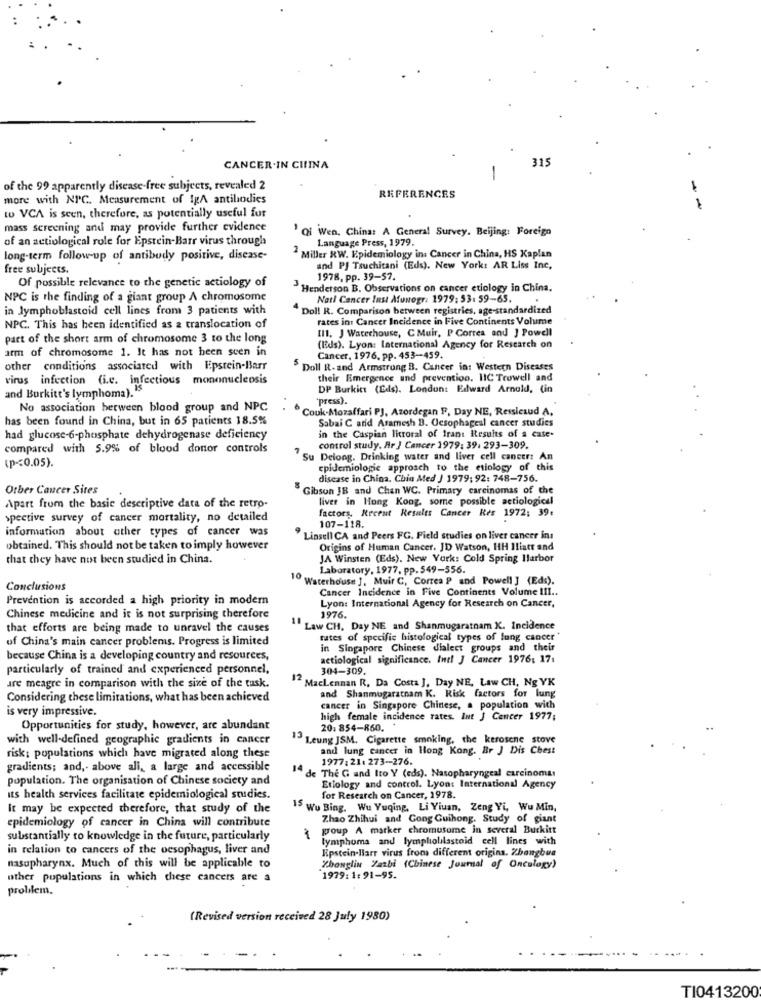
315
CANCER.IN CILINA
-
of the 99 apparently disease-free subjects, revealed 2
more with NPC. Measurement of IgA antibodies
REFERENCES
- -
w VCA is seen, therefore, as potentially useful for
mass screening and may provide further evidence
' Qi Wen, China: A General Survey. Beijing: Foreign
of an actiological role for Epstein-Barr virus through
Language Press, 1979.
long-term follow-up of antibody positive, disease-
2 Miller RW. Epidemiology in: Cancer in China, HS Kaplan
free subjects.
and PJ Tsuchitani (Eds). New York: AR Liss Inc,
1978, pp. 39-57.
Of possible relevance to the genetic actiology of
Henderson B. Observations on cancer etiology in China.
NPC is the finding of a giant group A chromosome
Natl Cancer Inst Afunogr: 1979: 53. 59-65.
.
in lymphoblastoid cell lines from 3 patients with
Doll R. Comparison between registries, age-standardized
rates in: Cancer Incidence in Five Continents Volume
NPC. This has been identified as a translocation of
[11. J Waterhouse, C Muir, P Correa and ] Powell
part of the short arm of chromosome 3 to the long
arm of chromosome 1. It has not been seen in
(Eds). Lyon: International Agency for Research on
Cancer, 1976. pp. 453-459.
other conditions associated with Epstein-Barr
Doll R. and Armstrong B. Cancer in: Western Diseases
virus infection (i.c. infectious mononucleosis
their Emergence and prevention. IIC Trowell and
and Burkitt's lymphoma).IS
DP Burkitt (Eds). London: Edward Arnold, (in
"press).
No association between blood group and NPC
"Couk-Mozaffari PJ, Azordegan F, Day NE, Ressicaud A.
has been found in China, but in 65 patients 18.5%
Sabai C arid Aramesh B. Oesophageal cancer studies
had glucose-6-phosphate dehydrogenase deficiency
in the Caspian litroral of frant Results of a case-
compared with 5.9% of blood donor controls
control study. Ar } Cancer 1979: 39. 293-309.
(p -< 0.05).
Su Delong. Drinking water and liver cell cancer: An
epidemiologie approach to the etiology of this
disease in China. Chin Med J 1979; 92: 748-756.
Other Cancer Sites
Gibson JB and Chan WC. Primary carcinomas of the
liver in Hong Kong, some possible actiological
Apart from the basic descriptive data of the retro-
factors, Recent Results Cancer Res 1972: 39:
spective survey of cancer mortality, no detailed
information about other types of cancer was
107-118.
Linsell CA and Peers FG. Field studies on liver cancer in:
obtained. This should not be taken to imply however
Origins of Human Cancer. JD Watson, HH Iliatr and
that they have not been studied in China.
JA Winsten (Eds). New York: Cold Spring Harbor
Laboratory, 1977, pp. 549-556.
1º Waterhouse J, Muir C, Correa P and Powell ] (Eds).
Conclusions
Cancer Incidence in Five Continents Volume III.
Prevention is accorded a high priority in modern
Lyon: International Agency for Research on Cancer,
Chinese medicine and it is not surprising therefore
1976
that efforts are being made to unravel the causes
Law CH, Day NE and Shanmugaratnam K. Incidence
of China's main cancer problems. Progress is limited
rates of specific histological types of lung cancer'
in Singapore Chinese dialect groups and their
because China is a developing country and resources,
actiological significance. Intl J Cancer 1976: 17:
particularly of trained and experienced personnel,
304-309.
12 MacLennan R. Da Costa J, Day NE, Law CH, Ng YK
are meagre in comparison with the size of the task.
Considering these limitations, what has been achieved
and Shanmugaratnam K. Risk factors for lung
is very impressive.
cancer in Singapore Chinese, a population with
high female incidence rates. Int J Cancer 1977;
Opportunities for study, however, are abundant
20: 854-860.
with well-defined geographic gradients in cancer
Leung JSM. Cigarette smoking, the kerosene stove
and lung cancer in Hong Kong. Br J Dis Chest
risk: populations which have migrated along these
1977:21: 273-276.
gradients; and, above all, a large and accessible
population. The organisation of Chinese society and
14 de The G and Ito Y (eds). Nasopharyngeal carcinomas
Etiology and control. Lyon: International Agency
its health services facilitate epidemiological studies.
for Research on Cancer, 1978.
It may be expected therefore, that study of the
15 Wu Bing. Wu Yuqing, Li Viuan, Zeng Yi, Wu Min,
epidemiology of cancer in China will contribute
Zhao Zhihui and Gong Guihong. Study of giant
group A marker chromusome in several Burkitt
substantially to knowledge in the future, particularly
lymphoma and lymphoblastoid cell lines with
in relation to cancers of the oesophagus, liver and
Kipstein-Barr virus from different origins. Zhangbus
nasupharynx. Much of this will be applicable to
Zhonglin Zatbi (Chinese Journal of Oncology)
other populations in which chese cancers are a
1979:1:91-95.
problem.
(Revised version received 28 July 1980)
TI0413200